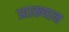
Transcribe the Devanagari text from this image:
आाख्यान